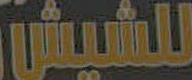
للشيش